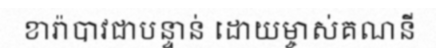
ខារ៉ាបាវជាបន្ទាន់ ដោយម្ចាស់គណនី